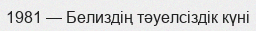
1981 — Белиздің тәуелсіздік күні